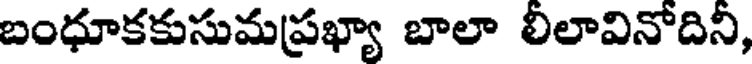
బంధూకకుసుమప్రఖ్యా బాలా లిలావినోదిని,